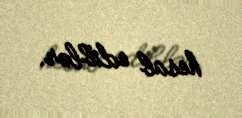
hesab ediblər.